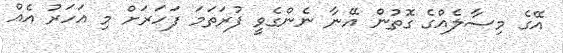
އޭގެ މިސާލެއްގެ ގޮތުން އޭނާ ނެންގެވީ ފުރަތަމަ ފަހަރަށް މި އަހަރު އެއް